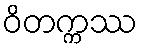
ဝိတက္ကဿ